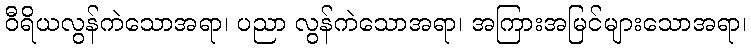
ဝီရိယလွန်ကဲသောအရာ၊ ပညာ လွန်ကဲသောအရာ၊ အကြားအမြင်များသောအရာ၊